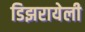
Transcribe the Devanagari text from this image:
डिझरायेली